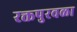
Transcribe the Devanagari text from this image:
रक्तपुरवळा